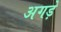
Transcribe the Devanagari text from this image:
अगड़े